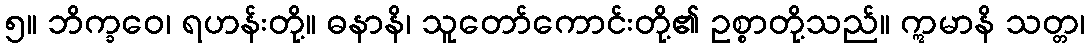
၅။ ဘိက္ခဝေ၊ ရဟန်းတို့။ ဓနာနိ၊ သူတော်ကောင်းတို့၏ ဥစ္စာတို့သည်။ ဣမာနိ သတ္တ၊